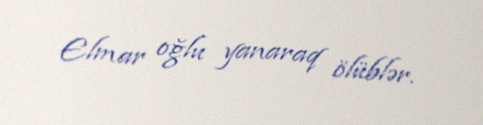
Elmar oğlu yanaraq ölüblər.